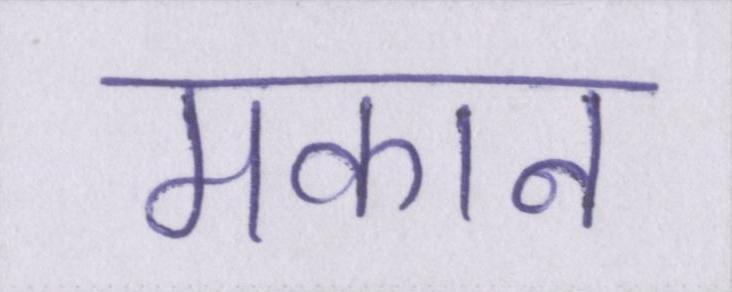
मकान